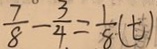
\frac { 7 } { 8 } - \frac { 3 } { 4 } = \frac { 1 } { 8 } ( t )